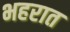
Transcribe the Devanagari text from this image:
भहरात